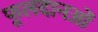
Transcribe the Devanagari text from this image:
फूलदानओं